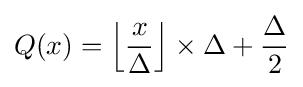
Q(x)=\left\lfloor {\frac {x}{\Delta }}\right\rfloor \times \Delta +{\frac {\Delta }{2}}